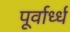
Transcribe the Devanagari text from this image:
पूर्वार्ध्ध